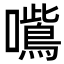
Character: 𭌦